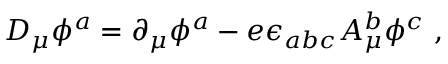
D _ { \mu } \phi ^ { a } = \partial _ { \mu } \phi ^ { a } - e \epsilon _ { a b c } A _ { \mu } ^ { b } \phi ^ { c } \ ,